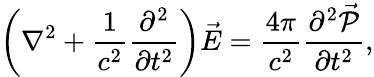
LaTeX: \left(\nabla^{2}+\frac{1}{c^{2}}\frac{\partial^{2}}{\partial t^{2}}\right)\vec{E}=\frac{4\pi}{c^{2}}\frac{\partial^{2}\vec{\mathcal P}}{\partial t^{2}},